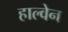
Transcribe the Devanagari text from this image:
हाल्वेन